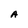
Character: A